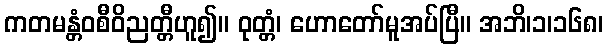
ကတမန္တံဝစီဝိညတ္တီဟူ၍။ ဝုတ္တံ၊ ဟောတော်မူအပ်ပြီ။ အဘိ၊၁၊၁၆၈၊